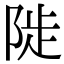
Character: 𨺗